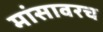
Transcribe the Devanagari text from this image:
मांसावरच